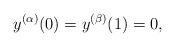
LaTeX: \begin{align*}y^{(\alpha)}(0)=y^{(\beta)}(1)=0, \end{align*}